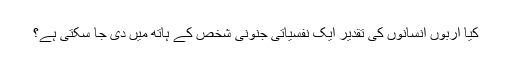
کیا اربوں انسانوں کی تقدیر ایک نفسیاتی جنونی شخص کے ہاتھ میں دی جا سکتی ہے؟